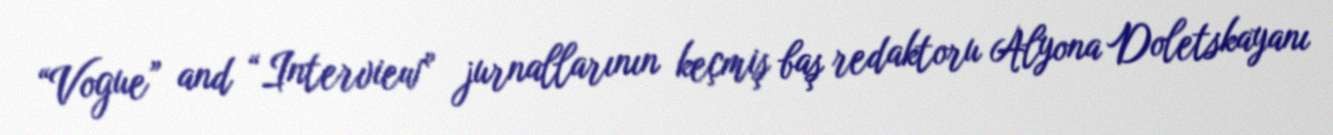
“Vogue” and “Interview” jurnallarının keçmiş baş redaktoru Alyona Doletskayanı